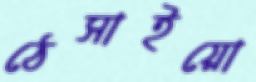
ঠেসাইয়ো